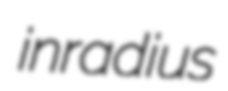
inradius